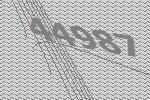
44987